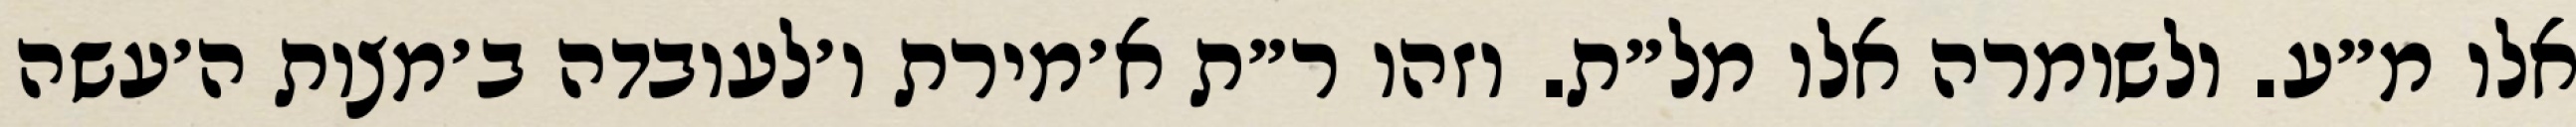
אלו מ״ע. ולשומרה אלו מל״ת. וזהו ר״ת א׳מירת ו׳לעובדה ב׳מצות ה׳עשה